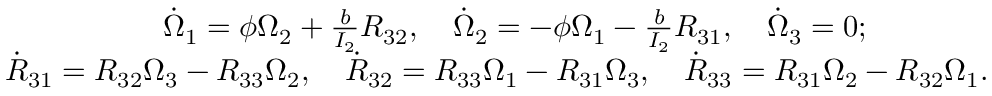
\begin{array} { r } { \dot { \Omega } _ { 1 } = \phi \Omega _ { 2 } + \frac { b } { I _ { 2 } } R _ { 3 2 } , \quad \dot { \Omega } _ { 2 } = - \phi \Omega _ { 1 } - \frac { b } { I _ { 2 } } R _ { 3 1 } , \quad \dot { \Omega } _ { 3 } = 0 ; \qquad \qquad } \\ { \dot { R } _ { 3 1 } = R _ { 3 2 } \Omega _ { 3 } - R _ { 3 3 } \Omega _ { 2 } , \quad \dot { R } _ { 3 2 } = R _ { 3 3 } \Omega _ { 1 } - R _ { 3 1 } \Omega _ { 3 } , \quad \dot { R } _ { 3 3 } = R _ { 3 1 } \Omega _ { 2 } - R _ { 3 2 } \Omega _ { 1 } . } \end{array}